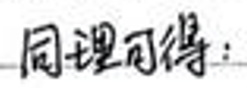
同理可得：